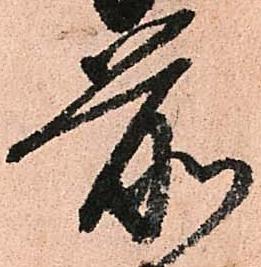
前